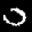
Label: 0